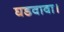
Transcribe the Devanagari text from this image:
घडवावा।